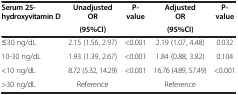
| <ROWSPAN=2> Serum 25-hydroxyvitamin D | Unadjusted OR | <ROWSPAN=2> P-value | Adjusted OR | <ROWSPAN=2> P-value |
 | (95%CI) | (95%CI) |
 | --- | --- | --- | --- | --- |
 | ≤30 ng/dL | 2.15 (1.56, 2.97) | <0.001 | 2.19 (1.07, 4.48) | 0.032 |
 | 10-30 ng/dL | 1.93 (1.39, 2.67) | <0.001 | 1.84 (0.88, 3.82) | 0.104 |
 | <10 ng/dL | 8.72 (5.32, 14.29) | <0.001 | 16.76 (4.89, 57.49) | <0.001 |
 | >30 ng/dL | Reference |  | Reference |  |